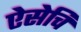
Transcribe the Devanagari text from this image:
ऐसेचि